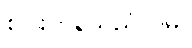
စပါးကုန်သည်လိမ်။